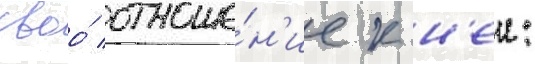
своо́ отноше́н'ие к н'еи: